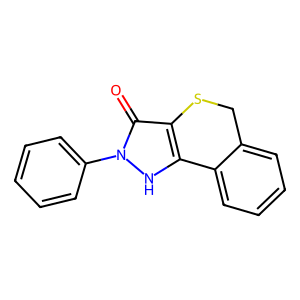
SMILES: O=c1c2c([nH]n1-c1ccccc1)-c1ccccc1CS2
Inhibits HIV replication: No